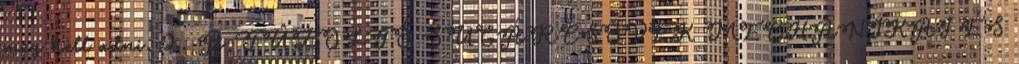
meg kell adni. 2. A TÛZOLTÓ SUGÁRCSÖVEK MECHANIKAI ÉS